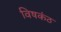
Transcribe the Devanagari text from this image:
विषकंठ